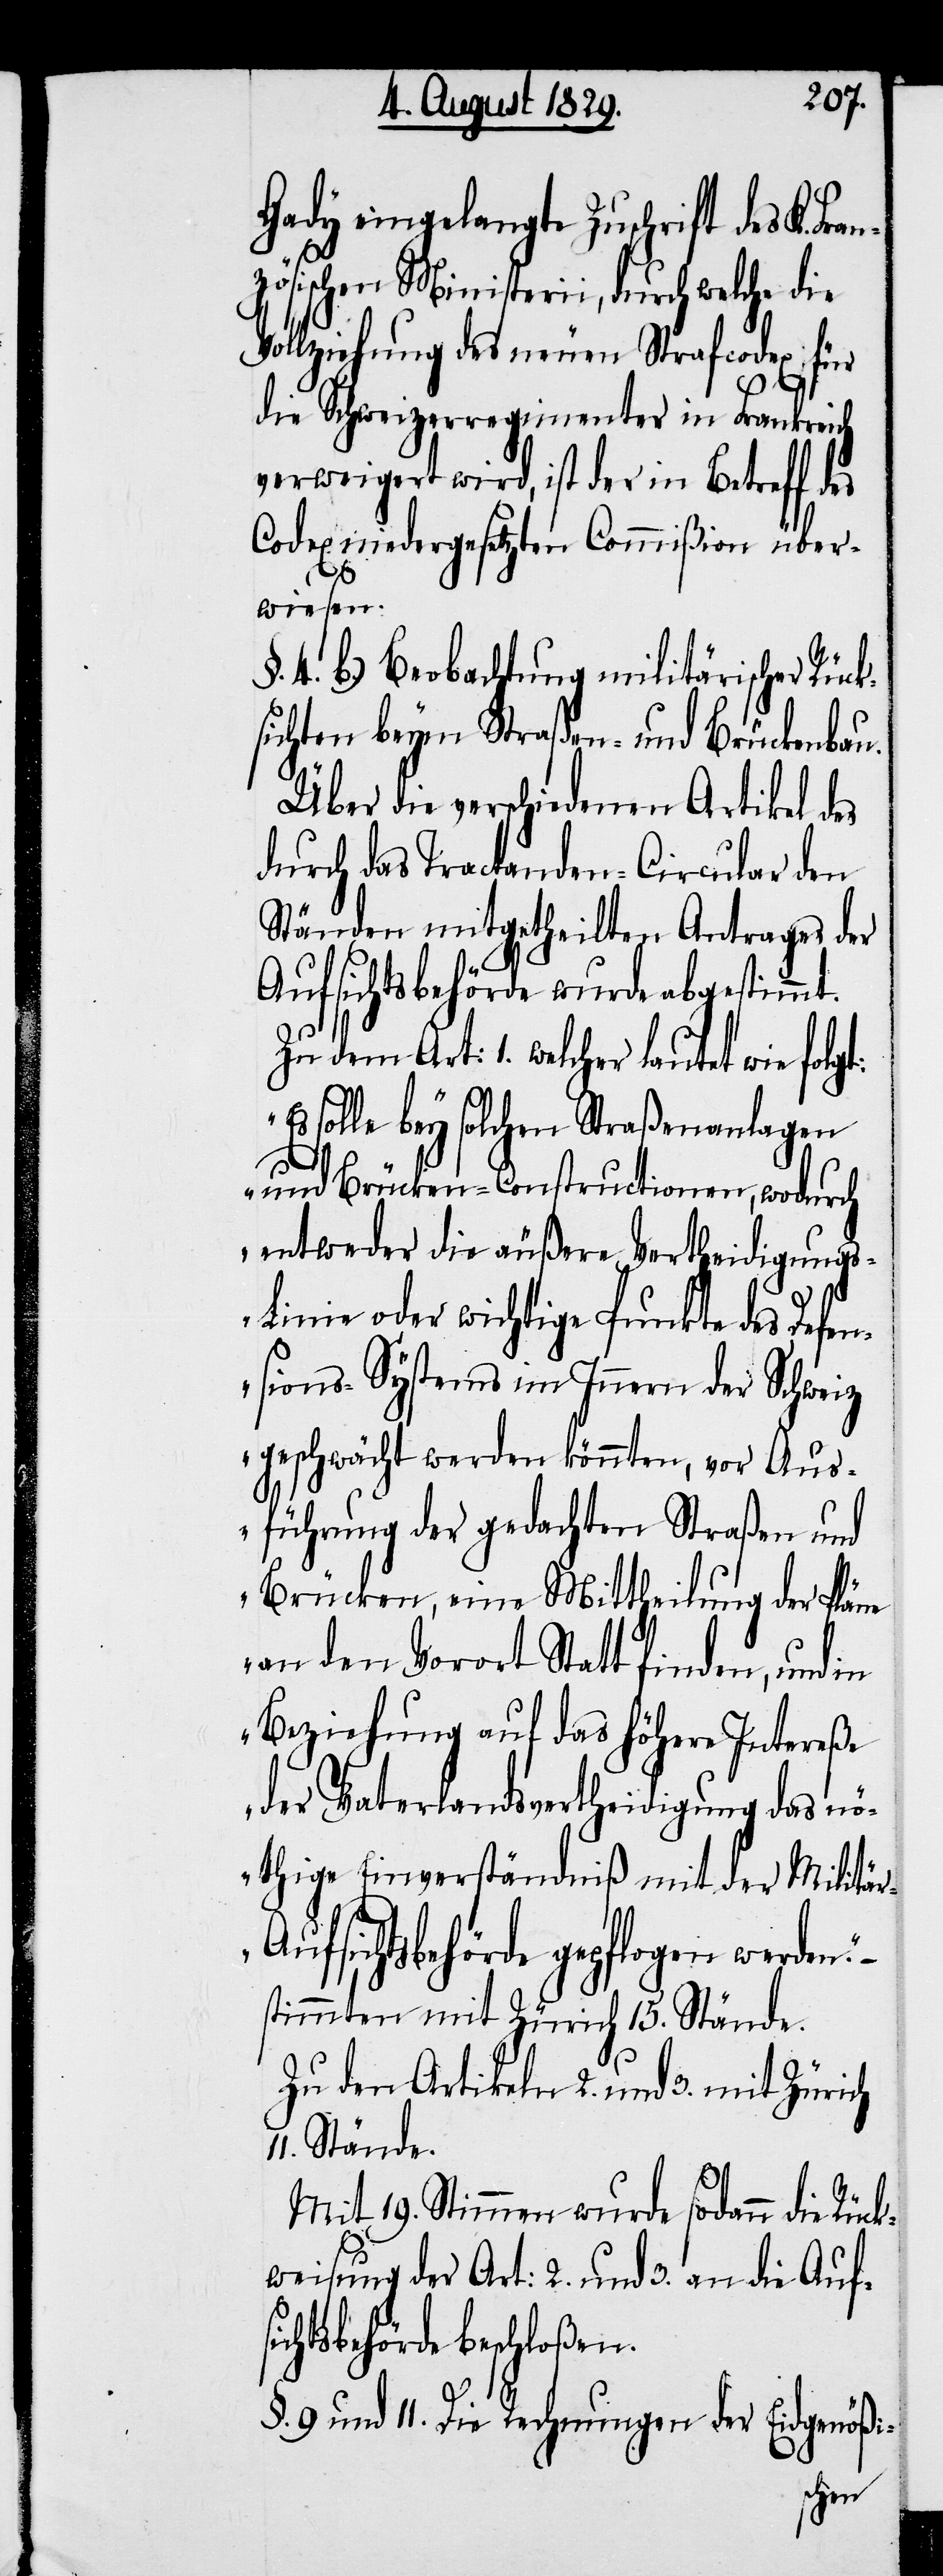
Gady eingelangte Zuschrift des K.
zösischen Ministerii, durch welche die
Vollziehung des neuen Strafcodex für
die Schweizerregimenter in Frankreich
verweigert wird, ist der in Betreff des
Codex niedergesetzten Commißion über¬
wiesen.
§. 4. b.) Beobachtung militärischer Rück¬
sichten beym Straßen- und Brückenbau.
Über die verschiedenen Artikel des
durch das Tractanden-Circulars den
Ständen mitgetheilten Antrages der
Aufsichtsbehörde wurde abgestimmt.
Zu dem Art: 1. welcher lautet wie folgt:
solle bey solchen Straßenanlagen
und Brücken-Constructionen, wodurch
entweder die äußere Vertheidigung¬
s-Linie oder wichtige Punkte des Defen¬
sions-Systems im Innern der Schweiz
geschwächt werden könnten, vor Aus¬
führung der gedachten Straßen und
Brücken, eine Mittheilung der Pläne
an den Vorort Statt finden, und in
Beziehung auf das höhere Intereße
der Vaterlandsvertheidigung das n¬
öthige Einverständniß mit der Militär-A¬
ufsichtsbehörde gepflogen werden.“
stimmten mit Zürich 15. Stände.
Zu den Artikeln 2. und 3. mit Zürich
Stände.
Mit 19. Stimmen wurde sodann die Rück¬
weisung der Art: 2. und 3. an die Aufs¬
ichtsbehörde beschloßen.
§. 9. und 11. Die Rechnungen der Eidgenößi-